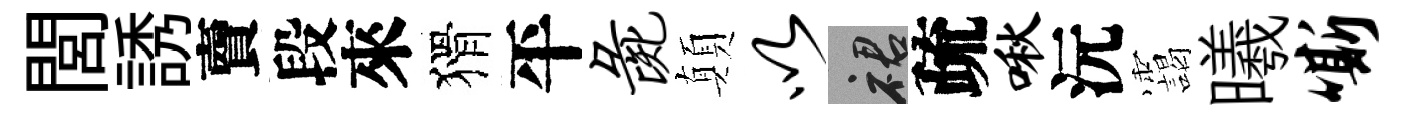
閭誘𧶠段來猾平彘顛以裙疏啾沅靄曦嘶